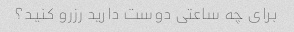
برای چه ساعتی دوست دارید رزرو کنید؟